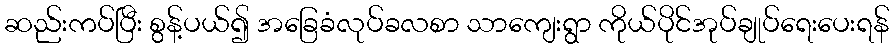
ဆည်းကပ်ပြီး စွန့်ပယ်၍ အခြေခံလုပ်ခလစာ သာကျေးရွာ ကိုယ်ပိုင်အုပ်ချုပ်ရေးပေးရန်